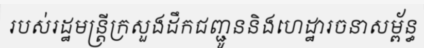
របស់រដ្ឋមន្ត្រីក្រសួងដឹកជញ្ជូននិងហេដ្ឋារចនាសម្ព័ន្ធ